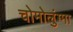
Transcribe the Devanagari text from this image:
चोमोलुंग्मा